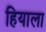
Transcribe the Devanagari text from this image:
हियाला